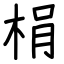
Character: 梋